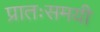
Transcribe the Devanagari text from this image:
प्रातःसमयी